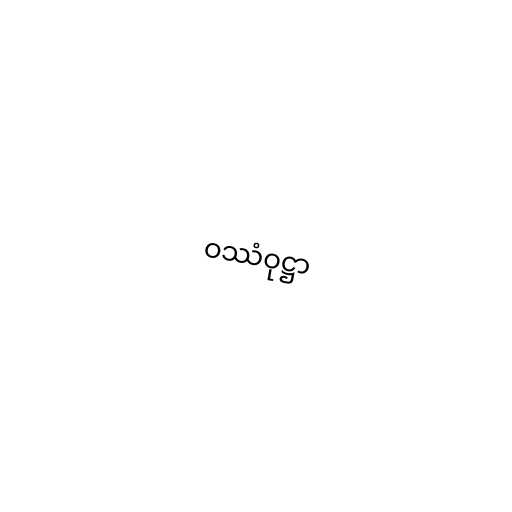
ဝဿံဝုဋ္ဌာ